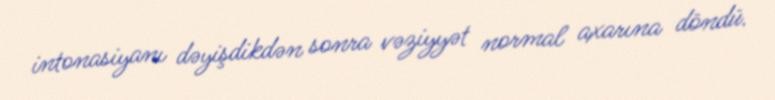
intonasiyanı dəyişdikdən sonra vəziyyət normal axarına döndü.